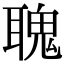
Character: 聭